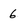
Character: 6